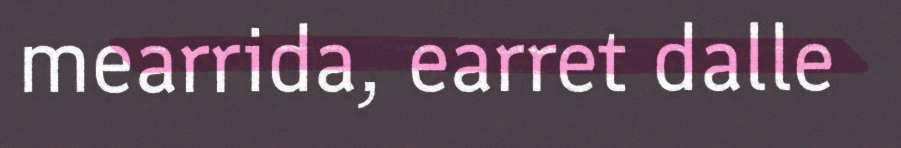
mearrida, earret dalle